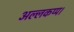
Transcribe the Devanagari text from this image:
अल्लकप्प।